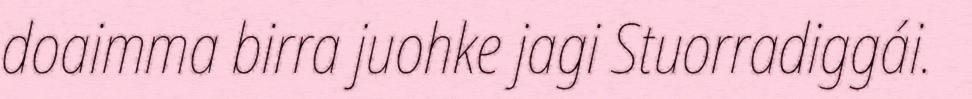
doaimma birra juohke jagi Stuorradiggái.